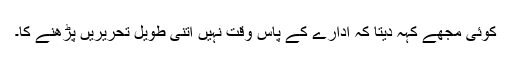
کوئی مجھے کہہ دیتا کہ ادارے کے پاس وقت نہیں اتنی طویل تحریریں پڑھنے کا۔